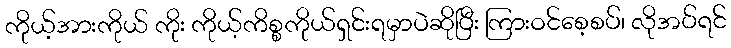
ကိုယ့်အားကိုယ် ကိုး ကိုယ့်ကိစ္စကိုယ်ရှင်းရမှာပဲဆိုပြီး ကြားဝင်စေ့စပ်၊ လိုအပ်ရင်